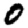
Digit: 0